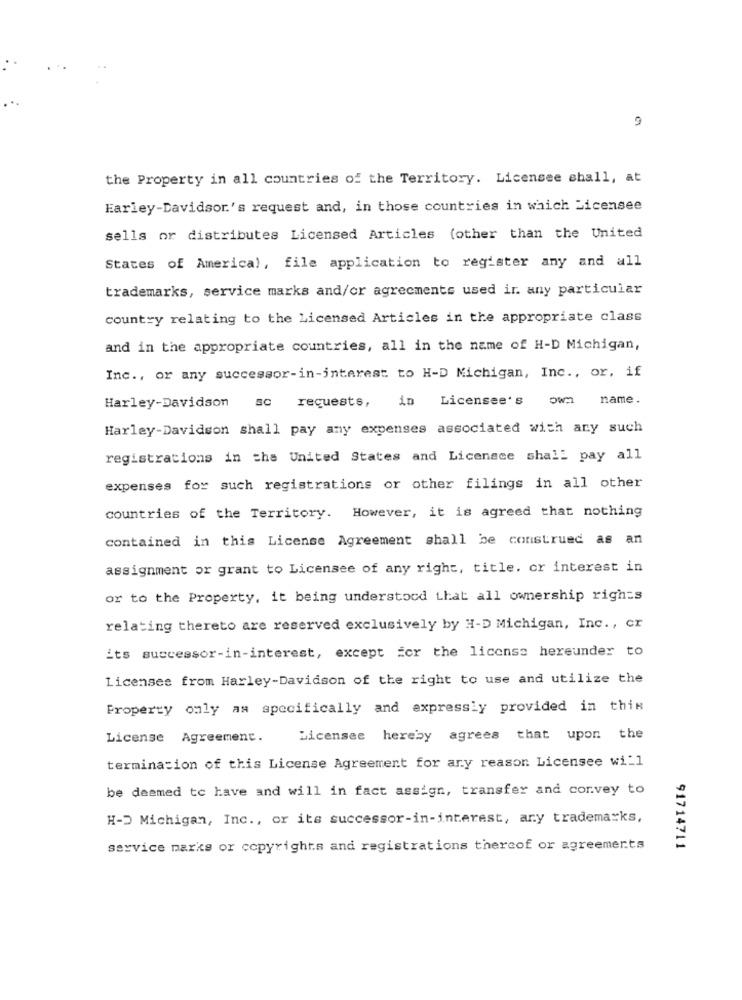
9
the Property in all countries of the Territory. Licensee shall, at
Earley-Davidson.'s request and, in those countries in which Licensee
sells or distributes Licensed Articles (other than the United
States of America), file application to register any and all
trademarks, service marks and/or agreements used ir. any particular
country relating to the Licensed Articles in the appropriate class
and in the appropriate countries, all in the name of H-D Michigan,
Inc ., or any successor-in-interest to H-D Michigan, Inc ., or, if
SC
requests, in Licensee's own name.
Harley-Davidson
Harley-Davidson shall pay any expenses associated with any such
registrations in the United States and Licensce shall pay all
expenses for such registrations or other filings in all other
countries of the Territory. However, it is agreed that nothing
contained in this License Agreement shall be construed as an
assignment or grant to Licensee of any right, title. cr interest in
or to the Property, it being understood that all ownership rights
relating thereto are reserved exclusively by H-D Michigan, Inc ., cr
its successor-in-interest, except for the license hereunder to
Licensee from Harley-Davidson of the right to use and utilize the
Property only as specifically and expressly provided in this
License Agreement.
Licensee
hereby agrees that upon the
termination of this License Agreement for any reason Licensee will
be deemed to have and will in fact assign, transfer and convey to
H-D Michigan, Inc ., or its successor-in-interest, ary trademarks,
service marks or copyrights and registrations thereof or agreements
91714711